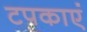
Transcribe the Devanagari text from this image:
टपकाएं